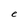
Character: e